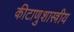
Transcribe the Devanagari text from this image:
कीटाणुशास्त्रीय